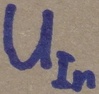
Text: UIn